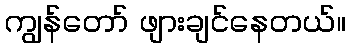
ကျွန်တော် ဖျားချင်နေတယ်။